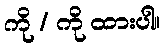
ကို / ကို ထားပါ။